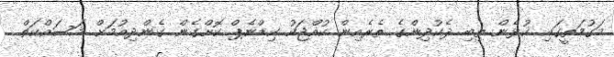
މަގުމަތީގައި ކުޅެން ތިބި ދެކުދިންގެ ތެރެއިން ކުއްޖަކު ކިޑްނެޕް ކޮށްގެން ގެންދިއުމަށް މަސައްކަތް